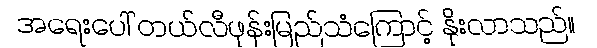
အရေးပေါ် တယ်လီဖုန်းမြည်သံကြောင့် နိုးလာသည်။